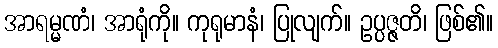
အာရမ္မဏံ၊ အာရုံကို။ ကုရုမာနံ၊ ပြုလျက်။ ဥပ္ပဇ္ဇတိ၊ ဖြစ်၏။